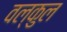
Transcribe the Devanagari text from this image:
वल्कुल